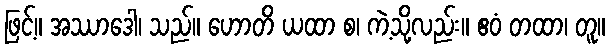
ဖြင့်။ အဿာဒေါ၊ သည်။ ဟောတိ ယထာ စ၊ ကဲ့သို့လည်း။ ဧဝံ တထာ၊ တူ။